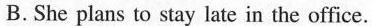
B.She plans to stay late in the office.